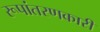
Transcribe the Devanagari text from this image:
रूपांतरणकारी